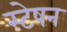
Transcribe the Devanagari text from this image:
स्टेषन